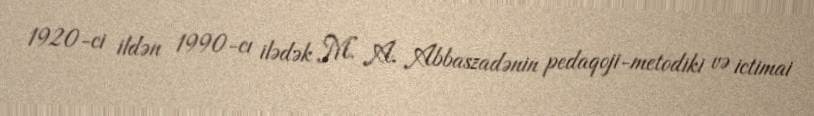
1920-ci ildən 1990-cı ilədək M. A. Abbaszadənin pedaqoji-metodiki və ictimai